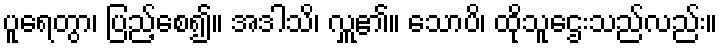
ပူရေတွာ၊ ပြည့်စေ၍။ အဒါသိ၊ လှူ၏။ သောပိ၊ ထိုသူဌေးသည်လည်း။